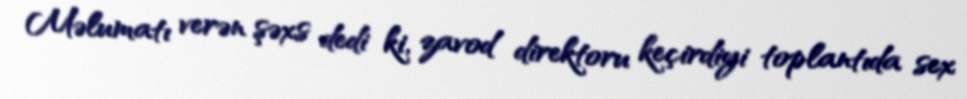
Məlumatı verən şəxs dedi ki, zavod direktoru keçirdiyi toplantıda sex